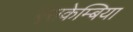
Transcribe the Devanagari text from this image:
एसकेम्बिया